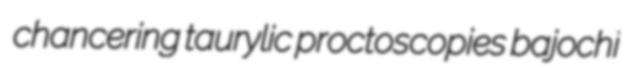
chancering taurylic proctoscopies bajochi